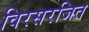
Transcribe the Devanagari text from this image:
विरसरजित